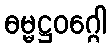
ဓမ္မဋ္ဌဝဂ္ဂေါ